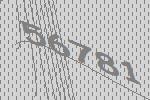
56781